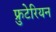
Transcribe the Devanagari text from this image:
फ्रुटेरियन